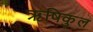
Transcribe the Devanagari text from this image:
ॠषिकुल